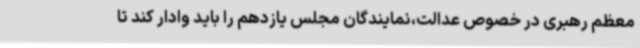
معظم رهبری در خصوص عدالت،نمایندگان مجلس یازدهم را باید وادار کند تا